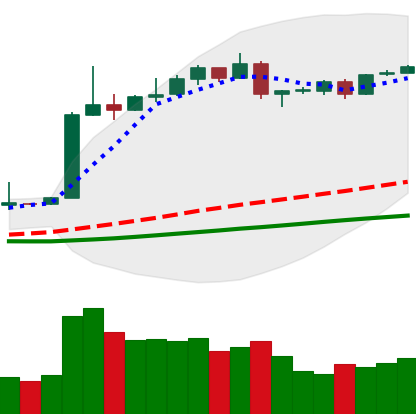
Ticker: BTC-USD
Chart end date: 2019-04-18
Forward return: 5.171%
Label: up_5_7